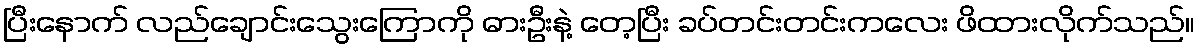
ပြီးနောက် လည်ချောင်းသွေးကြောကို ဓားဦးနဲ့ တေ့ပြီး ခပ်တင်းတင်းကလေး ဖိထားလိုက်သည်။